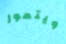
ويتمور